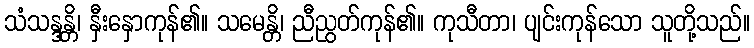
သံသန္ဒန္တိ၊ နှီးနှောကုန်၏။ သမေန္တိ၊ ညီညွတ်ကုန်၏။ ကုသီတာ၊ ပျင်းကုန်သော သူတို့သည်။